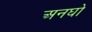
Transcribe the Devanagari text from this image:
अनघो